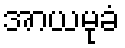
အာယမုခံ